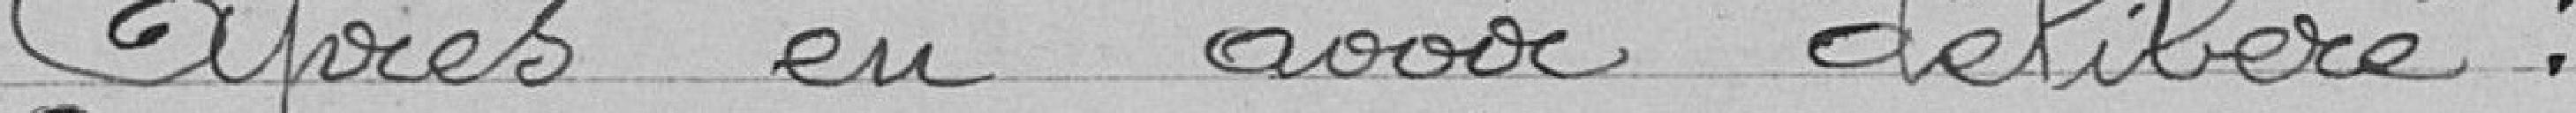
Après en avoir délibéré :